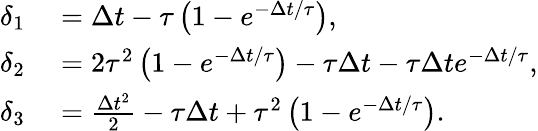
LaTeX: \begin{array}{rl}{\delta_{1}}&{{}=\Delta t-\tau\left({1-e^{-\Delta t/\tau}}\right),}\\ {\delta_{2}}&{{}=2\tau^{2}\left({1-e^{-\Delta t/\tau}}\right)-\tau\Delta t-\tau\Delta te^{-\Delta t/\tau},}\\ {\delta_{3}}&{{}=\frac{\Delta t^{2}}{2}-\tau\Delta t+\tau^{2}\left({1-e^{-\Delta t/\tau}}\right).}\end{array}